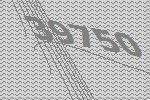
39750